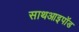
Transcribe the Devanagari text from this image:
साथआइपॉड